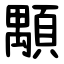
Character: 顒